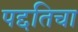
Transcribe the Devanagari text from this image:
पद्दतिचा